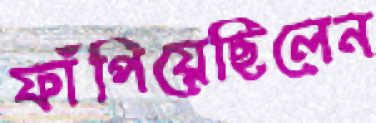
ফাঁপিয়েছিলেন